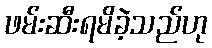
ဖမ်းဆီးရမိခဲ့သည်ဟု